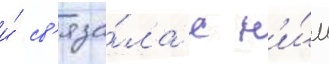
и́ св'яза́ла с н'и́м